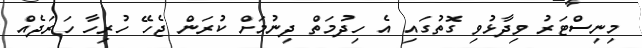
މިނިސްޓަރު ވިދާޅުވި ގޮތުގައި އެ ހިދުމަތް ދިނުމަށް ކުރަން ޖެހޭ ހުރިހާ ހަރަދެއް